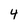
Character: 4